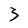
Character: 3